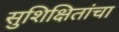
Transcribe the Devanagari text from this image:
सुशिक्षितांचा